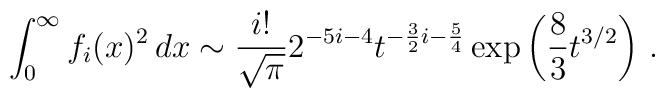
\int_0^\infty f_i(x)^2\, dx \sim {i!\over\sqrt\pi} 2^{-5i-4}t^{-{3\over 2}i-{5\over 4}} \exp\left({8\over 3}t^{3/2}\right)\, .